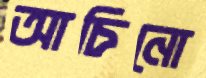
আচিনো